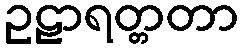
ဥဠာရတ္တတာ